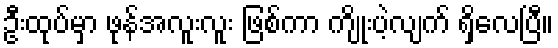
ဦးထုပ်မှာ ဖုန်အလူးလူး ဖြစ်ကာ ကျိုးပဲ့လျက် ရှိလေပြီ။